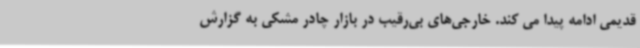
قدیمی ادامه پیدا می کند. خارجی‌های بی‌رقیب در بازار چادر مشکی به گزارش